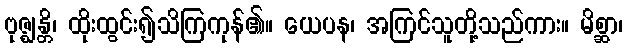
ဗုဇ္ဈန္တိ၊ ထိုးထွင်း၍သိကြကုန်၏။ ယေပန၊ အကြင်သူတို့သည်ကား။ မိစ္ဆာ၊